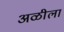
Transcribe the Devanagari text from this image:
अळीला